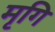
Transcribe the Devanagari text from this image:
मृगि